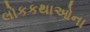
લોકકથાઓના